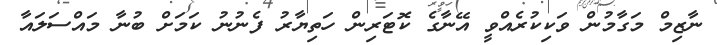
ނާޒިމް މަގާމުން ވަކިކުރެއްވީ އޭނާގެ ކޮޓަރިން ހަތިޔާރު ފެނުނު ކަމަށް ބުނާ މައްސަލައާ